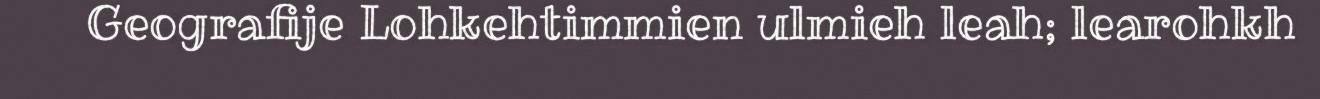
Geografije Lohkehtimmien ulmieh leah; learohkh